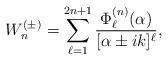
LaTeX: \begin{align*}W^{(\pm)}_n=\sum_{\ell=1}^{2n+1}\frac{\Phi^{(n)}_{\ell}(\alpha)}{[\alpha\pm ik]^{\ell}},\end{align*}